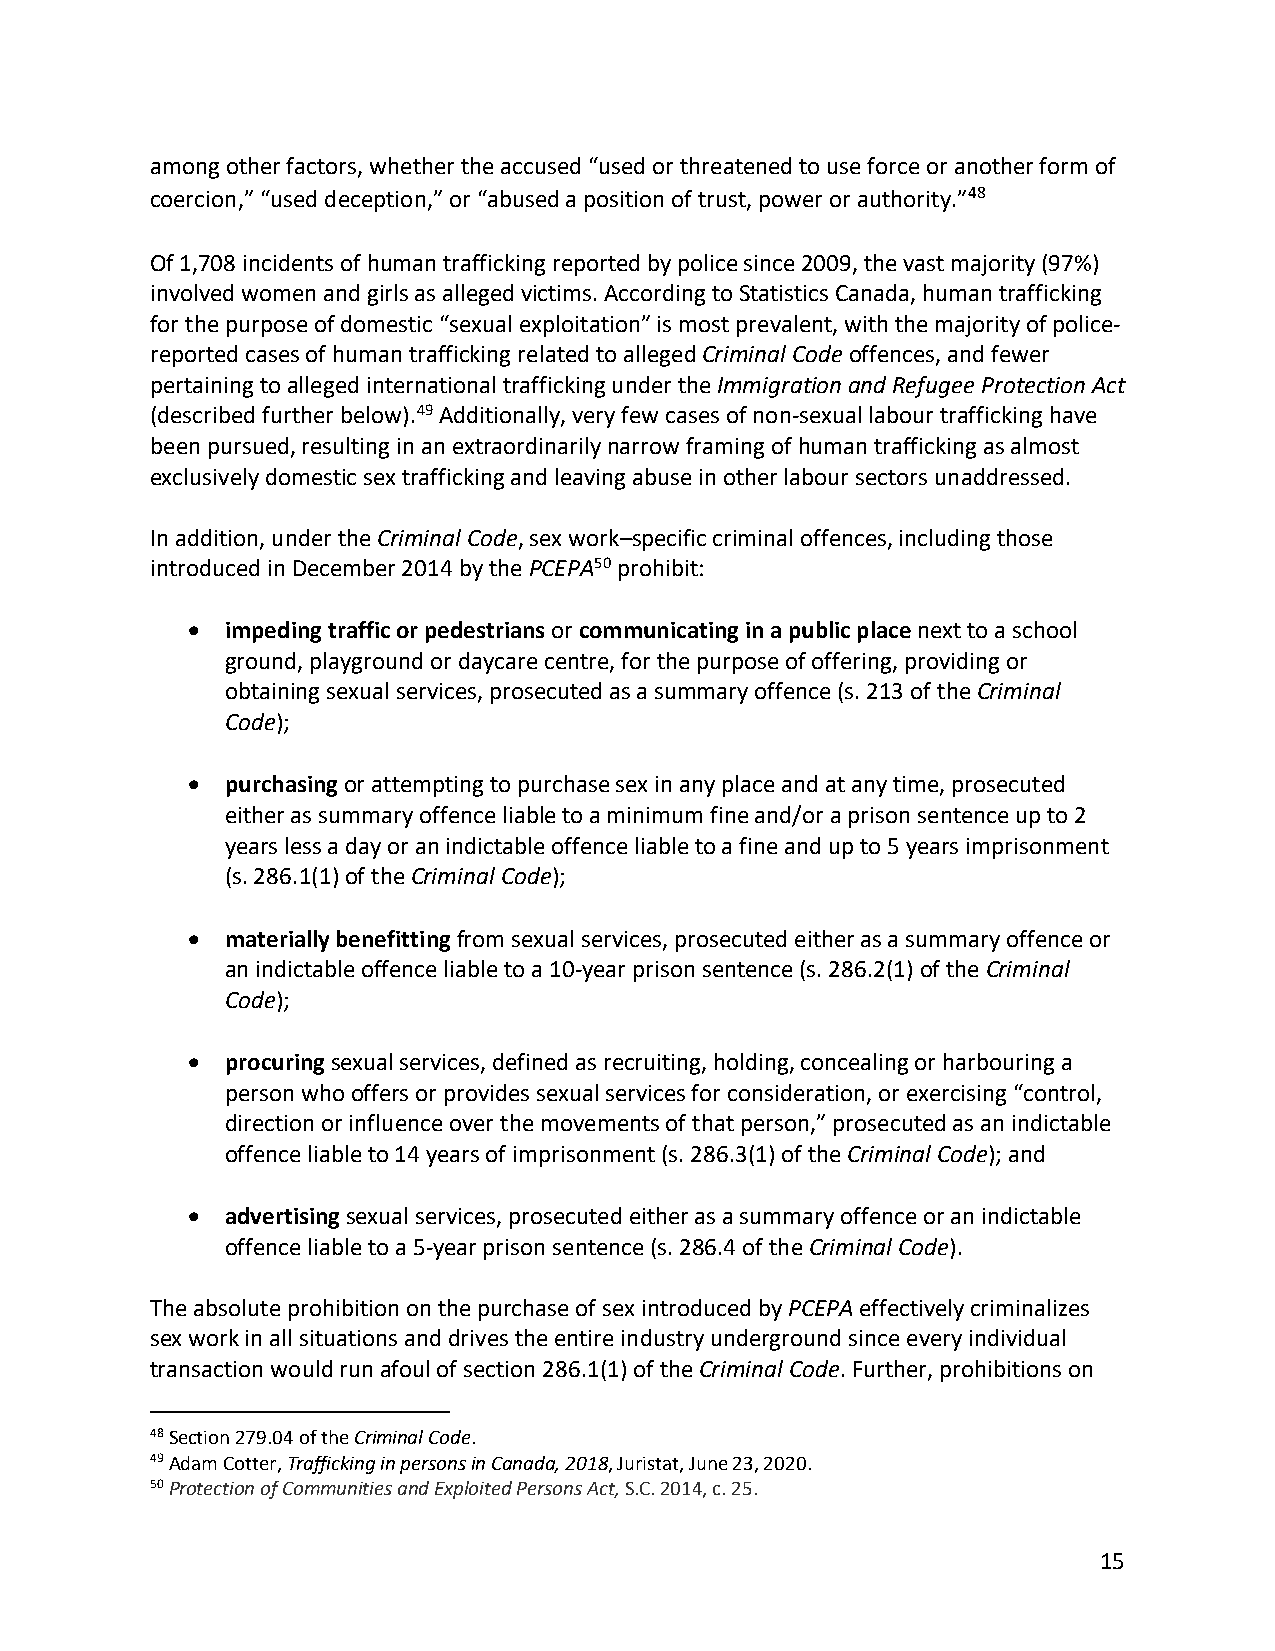
among other factors, whether the accused “used or threatened to use force or another form of
 coercion,” “used deception,” or “abused a position of trust, power or authority.”48
 Of 1,708 incidents of human trafficking reported by police since 2009, the vast majority (97%)
 involved women and girls as alleged victims. According to Statistics Canada, human trafficking
 for the purpose of domestic “sexual exploitation” is most prevalent, with the majority of police-
 reported cases of human trafficking related to alleged Criminal Code offences, and fewer
 pertaining to alleged international trafficking under the Immigration and Refugee Protection Act
 (described further below).49 Additionally, very few cases of non-sexual labour trafficking have
 been pursued, resulting in an extraordinarily narrow framing of human trafficking as almost
 exclusively domestic sex trafficking and leaving abuse in other labour sectors unaddressed.
 In addition, under the Criminal Code, sex work–specific criminal offences, including those
 introduced in December 2014 by the PCEPA50 prohibit:
 •  impeding traffic or pedestrians or communicating in a public place next to a school
 ground, playground or daycare centre, for the purpose of offering, providing or
 obtaining sexual services, prosecuted as a summary offence (s. 213 of the Criminal
 Code);
 •  purchasing or attempting to purchase sex in any place and at any time, prosecuted
 either as summary offence liable to a minimum fine and/or a prison sentence up to 2
 years less a day or an indictable offence liable to a fine and up to 5 years imprisonment
 (s. 286.1(1) of the Criminal Code);
 •  materially benefitting from sexual services, prosecuted either as a summary offence or
 an indictable offence liable to a 10-year prison sentence (s. 286.2(1) of the Criminal
 Code);
 •  procuring sexual services, defined as recruiting, holding, concealing or harbouring a
 person who offers or provides sexual services for consideration, or exercising “control,
 direction or influence over the movements of that person,” prosecuted as an indictable
 offence liable to 14 years of imprisonment (s. 286.3(1) of the Criminal Code); and
 •  advertising sexual services, prosecuted either as a summary offence or an indictable
 offence liable to a 5-year prison sentence (s. 286.4 of the Criminal Code).
 The absolute prohibition on the purchase of sex introduced by PCEPA effectively criminalizes
 sex work in all situations and drives the entire industry underground since every individual
 transaction would run afoul of section 286.1(1) of the Criminal Code. Further, prohibitions on
 48 Section 279.04 of the Criminal Code.
 49 Adam Cotter, Trafficking in persons in Canada, 2018, Juristat, June 23, 2020.
 50 Protection of Communities and Exploited Persons Act, S.C. 2014, c. 25.
 15